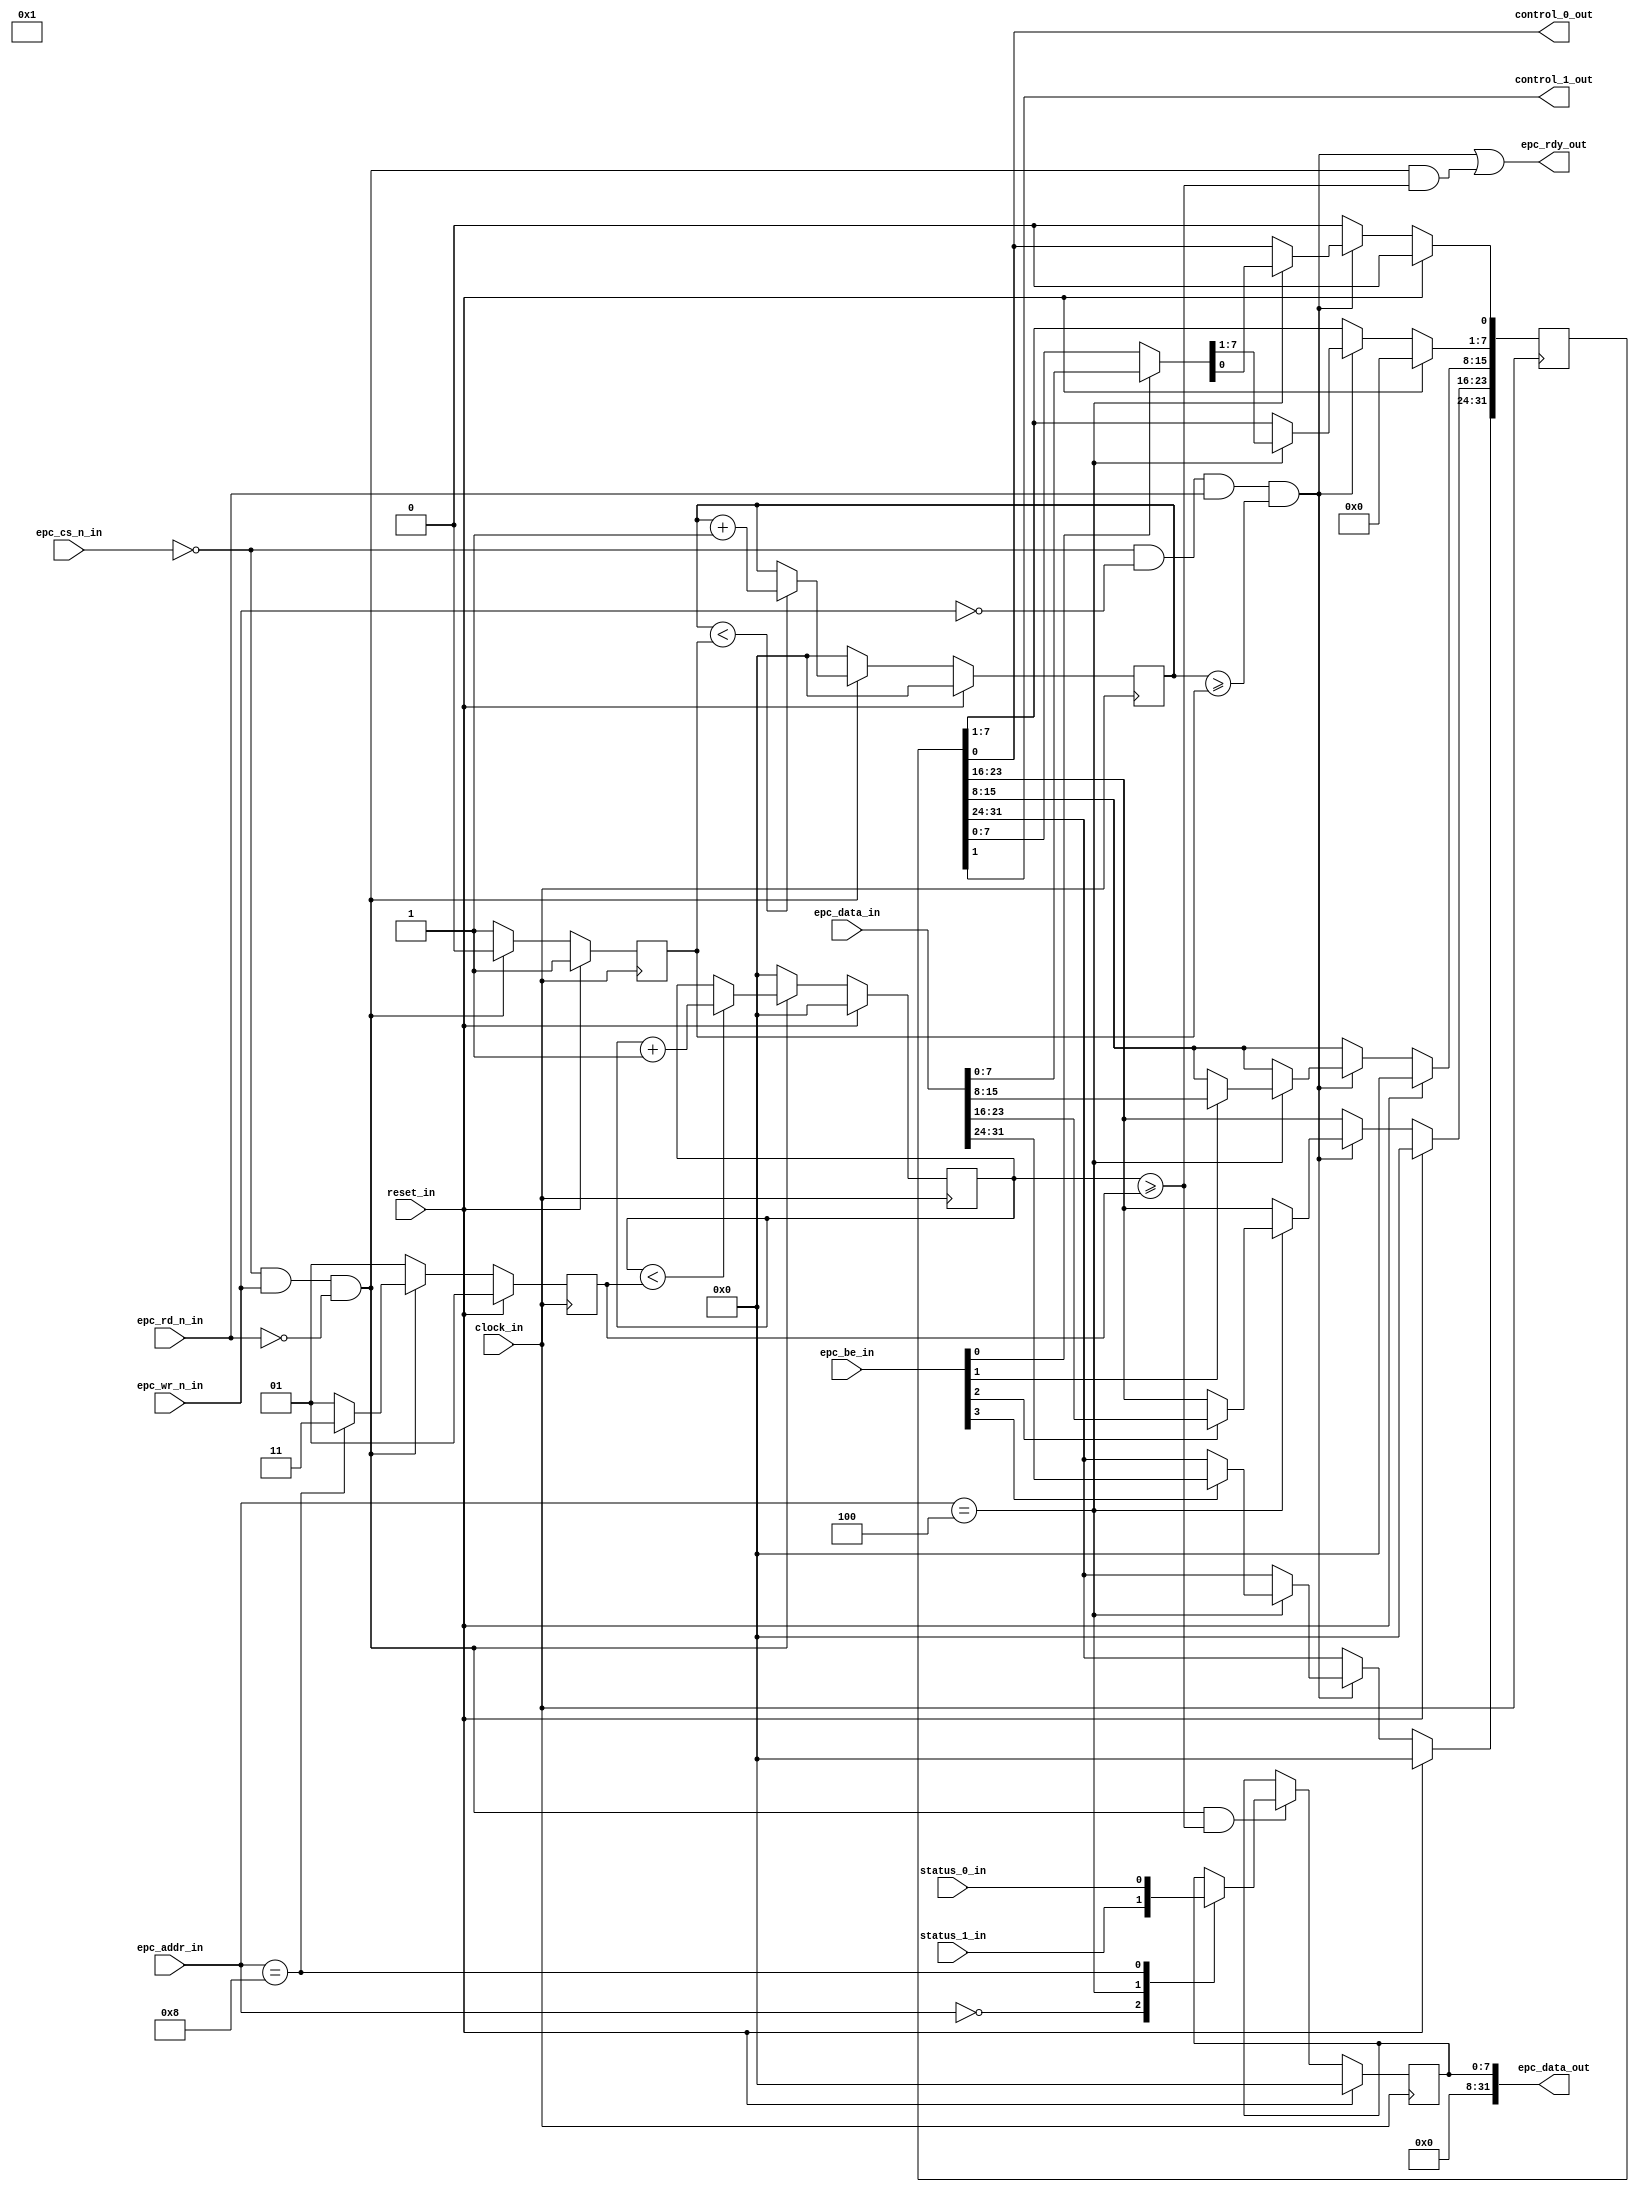

`timescale 1ns / 1ps
//////////////////////////////////////////////////////////////////////////////////
// Company          : None
// 
// Design Name      : None
// Module Name      : bus32 demo cell
// Project Name     : None
// Target Devices   : None
// Tool Versions    : Vivado 2018.2
//                    Sublime Text 3.1.1
// Description      : 
// 
// Dependencies     : 
// 
// Revision         : 1.0.0
//                    Project Created.      -Lim
// 
//////////////////////////////////////////////////////////////////////////////////

module bus32_demo_cell #(
        parameter                           datawidth = 32          ,
        parameter                           addrwidth = 8
    )(
        input   wire                        clock_in                ,
        input   wire                        reset_in                ,

        input   wire [addrwidth-1:0]        epc_addr_in             ,
        output  wire [datawidth-1:0]        epc_data_out            ,
        input   wire [datawidth-1:0]        epc_data_in             ,
        input   wire [datawidth/8-1:0]      epc_be_in               ,
        input   wire                        epc_cs_n_in             ,
        input   wire                        epc_wr_n_in             ,
        input   wire                        epc_rd_n_in             ,
        output  wire                        epc_rdy_out             ,

        // Control interface
        output  wire                        control_0_out           ,
        output  wire                        control_1_out           ,

        // Status interface
        input   wire                        status_0_in             ,
        input   wire                        status_1_in
    );

//////////////////////////////////////////////////////////////////////////////////
//                                 parameter
//////////////////////////////////////////////////////////////////////////////////

//////////////////////////////////////////////////////////////////////////////////
//                                wire and reg
//////////////////////////////////////////////////////////////////////////////////

    // Registers map
    wire [datawidth-1:0]    cbbid_reg   = 32'h54460001;     // W/R: R   ADDR:0x00
    reg  [datawidth-1:0]    gc_reg      = 32'h00000000;     // W/R:WR   ADDR:0x04
    wire [datawidth-1:0]    gs_reg                    ;     // W/R: R   ADDR:0x08

    // for epc read
    reg  [addrwidth-1:0]    read_data_reg = 'd0 ;
    reg  [7:0]              read_wait_cnt = 'd0 ;
    reg  [7:0]              read_wait_num = 'd0 ;

    // for epc write
    reg  [7:0]              write_wait_cnt = 'd0;
    reg  [7:0]              write_wait_num = 'd0;

    wire                    epc_write_busy      ;
    wire                    epc_read_busy       ;
    wire                    epc_rdy             ;

    wire                    read_status         ;
    wire                    write_status        ;

//////////////////////////////////////////////////////////////////////////////////
//                                   assign
//////////////////////////////////////////////////////////////////////////////////

    // Get the raed and write statgus.
    assign read_status = (epc_cs_n_in == 1'b0) && (epc_wr_n_in == 1'b1) && (epc_rd_n_in == 1'b0);
    assign write_status = (epc_cs_n_in == 1'b0) && (epc_wr_n_in == 1'b0) && (epc_rd_n_in == 1'b1);

    // The read data out.
    assign epc_data_out = read_data_reg;

    // Generte the bus ready signal.
    assign epc_rdy_out = epc_rdy;
    assign epc_rdy = epc_write_busy | epc_read_busy;

//////////////////////////////////////////////////////////////////////////////////
//                                    code
//////////////////////////////////////////////////////////////////////////////////

//--------------------------------------------------------------------------------
// 1.bus32 cell write time.
//--------------------------------------------------------------------------------

    always @(posedge clock_in)
    begin
        if (reset_in == 1'b1)
        begin
            gc_reg <= 32'd0;
        end
        else
        begin
            if ((write_status == 1'b1) && (write_wait_cnt >= write_wait_num))
            begin
                case (epc_addr_in[7:0])

//              8'h00: // Nothing to do...

                8'h04:
                begin
                    gc_reg[7:0]   <= (epc_be_in[0]) ? (epc_data_in[7:0])   : gc_reg[7:0];
                    gc_reg[15:8]  <= (epc_be_in[1]) ? (epc_data_in[15:8])  : gc_reg[15:8];
                    gc_reg[23:16] <= (epc_be_in[2]) ? (epc_data_in[23:16]) : gc_reg[23:16];
                    gc_reg[31:24] <= (epc_be_in[3]) ? (epc_data_in[31:24]) : gc_reg[31:24];
                end

//              8'h08: // Nothing to do...
//              default:

                endcase
            end
            else
            begin
                gc_reg[0] <= 1'b0;
            end
        end
    end

    // Select the write wait number.
    always @(posedge clock_in)
    begin
        if (reset_in == 1'b1)
            write_wait_num <= 'd1;
        else
        begin
            if (read_status == 1'b1)
            begin
                case (epc_addr_in[7:0])
                    8'h04: write_wait_num <= 8'd0;
                    default: write_wait_num <= 'd0;
                endcase
            end
            else
                write_wait_num  <= 'd1;
        end
    end

    // Count the write wait number.
    always @(posedge clock_in)
    begin
        if (reset_in == 1'b1)
            write_wait_cnt <= 'd0;
        else
        begin
            if (read_status == 1'b1)
            begin
                if (write_wait_cnt < write_wait_num)
                    write_wait_cnt <= write_wait_cnt + 1'b1;
                else
                    write_wait_cnt <= write_wait_cnt;
            end
            else
                write_wait_cnt <= 'd0;
        end
    end

    assign epc_write_busy = ((write_status == 1'b1) && (write_wait_cnt >= write_wait_num));

//--------------------------------------------------------------------------------
// 2.bus32 cell read time.
//--------------------------------------------------------------------------------

    // read data time
    always @(posedge clock_in)
    begin
        if (reset_in == 1'b1)
            read_data_reg <= 32'd0;
        else
        begin
            if ((read_status == 1'b1) && (read_wait_cnt >= read_wait_num))
            begin
                case (epc_addr_in[7:0])
                8'h00:read_data_reg <= cbbid_reg;
                8'h04:read_data_reg <= gc_reg;
                8'h08:read_data_reg <= gs_reg;
//              default:
                endcase
            end
            else
                read_data_reg <= read_data_reg;
        end
    end

    // Select the read wait number.
    always @(posedge clock_in)
    begin
        if (reset_in == 1'b1)
            read_wait_num <= 'd1;
        else
        begin
            if (read_status == 1'b1)
            begin
                case (epc_addr_in[7:0])
                    8'h08: read_wait_num <= 8'd3;
                    default: read_wait_num <= 'd1;
                endcase
            end
            else
                read_wait_num  <= 'd1;
        end
    end

    // Count the read wait number.
    always @(posedge clock_in)
    begin
        if (reset_in == 1'b1)
            read_wait_cnt <= 'd0;
        else
        begin
            if (read_status == 1'b1)
            begin
                if (read_wait_cnt < read_wait_num)
                    read_wait_cnt <= read_wait_cnt + 1'b1;
                else
                    read_wait_cnt <= read_wait_cnt;
            end
            else
                read_wait_cnt <= 'd0;
        end
    end

    // generate the busy signal.
    assign epc_read_busy = (read_status == 1'b1) & (read_wait_cnt >= read_wait_num);

//--------------------------------------------------------------------------------
// 3.bus32 cell signal map.
//--------------------------------------------------------------------------------

    // global control register map
    assign control_0_out = gc_reg[0];
    assign control_1_out = gc_reg[1];

    // global status register map
    assign gs_reg[0] = status_0_in;
    assign gs_reg[1] = status_1_in;

endmodule